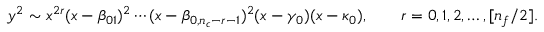
y ^ { 2 } \sim x ^ { 2 r } ( x - \beta _ { 0 1 } ) ^ { 2 } \cdots ( x - \beta _ { 0 , n _ { c } - r - 1 } ) ^ { 2 } ( x - \gamma _ { 0 } ) ( x - \kappa _ { 0 } ) , \qquad r = 0 , 1 , 2 , \ldots , [ n _ { f } / 2 ] .